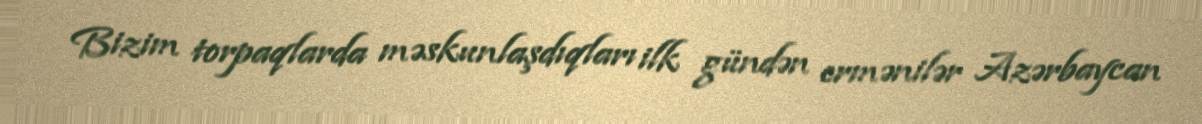
Bizim torpaqlarda məskunlaşdıqları ilk gündən ermənilər Azərbaycan